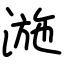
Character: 湤